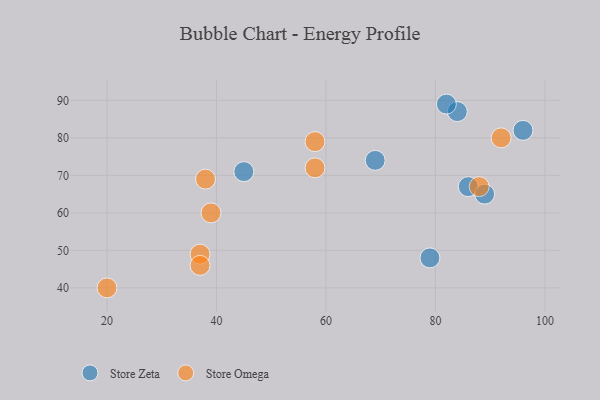
{"axis": {"x": "GDP", "y": "Life Expectancy"}, "legend": ["Store Omega", "Store Zeta"], "data": [{"x": "69", "y": 74, "type": "Store Zeta"}, {"x": "84", "y": 87, "type": "Store Zeta"}, {"x": "79", "y": 48, "type": "Store Zeta"}, {"x": "86", "y": 67, "type": "Store Zeta"}, {"x": "82", "y": 89, "type": "Store Zeta"}, {"x": "96", "y": 82, "type": "Store Zeta"}, {"x": "89", "y": 65, "type": "Store Zeta"}, {"x": "45", "y": 71, "type": "Store Zeta"}, {"x": "92", "y": 80, "type": "Store Omega"}, {"x": "38", "y": 69, "type": "Store Omega"}, {"x": "58", "y": 79, "type": "Store Omega"}, {"x": "39", "y": 60, "type": "Store Omega"}, {"x": "58", "y": 72, "type": "Store Omega"}, {"x": "37", "y": 49, "type": "Store Omega"}, {"x": "88", "y": 67, "type": "Store Omega"}, {"x": "20", "y": 40, "type": "Store Omega"}, {"x": "37", "y": 46, "type": "Store Omega"}]}